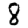
Digit: 8